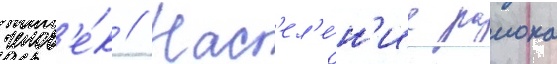
челов'е́к // Нас'ел'е́н'ие раиона